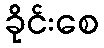
ခိုင်းစေ